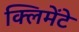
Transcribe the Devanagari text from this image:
क्लिमेंटे